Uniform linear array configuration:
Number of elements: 64
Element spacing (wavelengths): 1
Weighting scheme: exponential
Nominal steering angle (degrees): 60
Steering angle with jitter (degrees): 58.56
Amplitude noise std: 0.05
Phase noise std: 0.05

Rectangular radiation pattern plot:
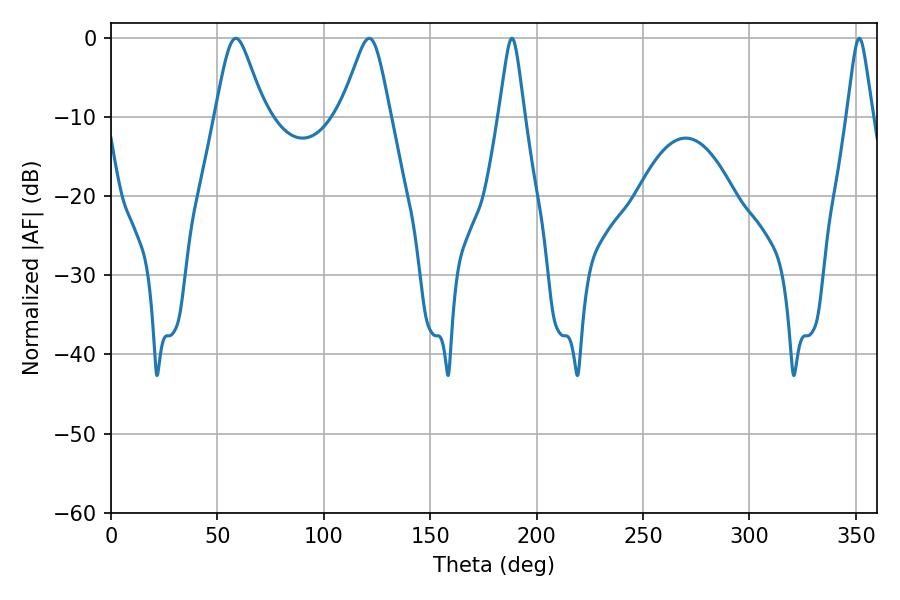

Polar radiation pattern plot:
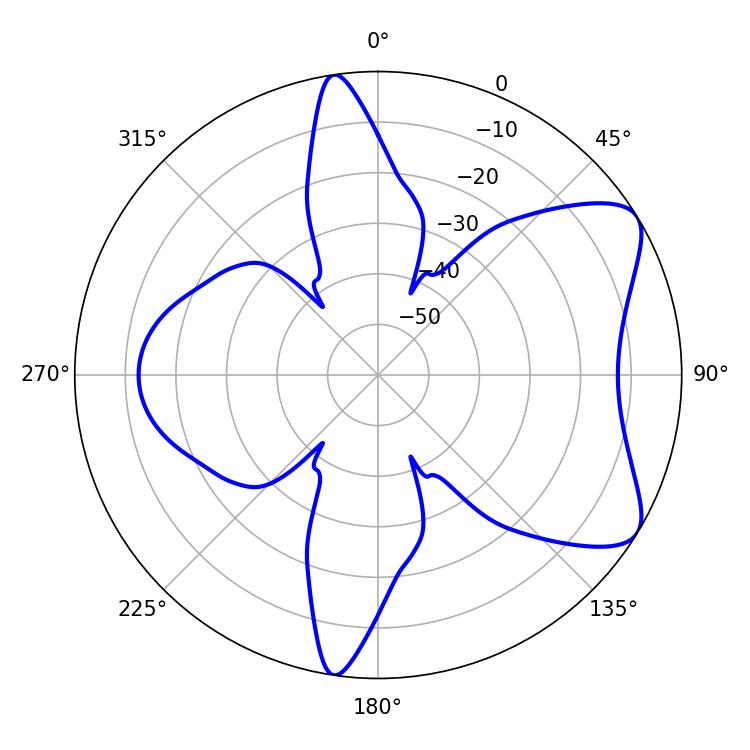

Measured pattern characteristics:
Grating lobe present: TRUE
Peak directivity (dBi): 7.331
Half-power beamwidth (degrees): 11.16
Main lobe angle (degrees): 58.68